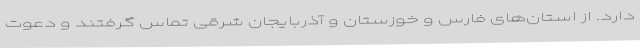
دارد. از استان‌های فارس و خوزستان و آذربایجان شرقی تماس گرفتند و دعوت